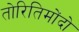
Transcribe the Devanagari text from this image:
तोरितिमोंदो